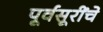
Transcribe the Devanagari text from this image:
पूर्वसूरींचे